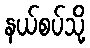
နယ်စပ်သို့